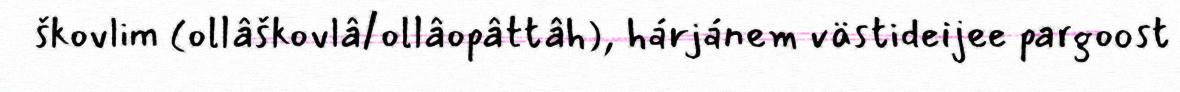
škovlim (ollâškovlâ/ollâopâttâh), hárjánem västideijee pargoost